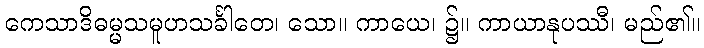
ကေသာဒိဓမ္မသမူဟသင်္ခါတေ၊ သော။ ကာယေ၊ ၌။ ကာယာနုပဿီ၊ မည်၏။